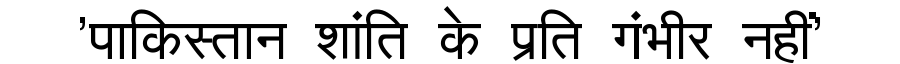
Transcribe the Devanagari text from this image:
'पाकिस्तान शांति के प्रति गंभीर नहीं'